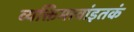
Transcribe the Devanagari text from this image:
व्यक्तिमत्त्वांइतकं